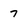
Character: 7